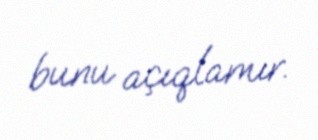
bunu açıqlamır.